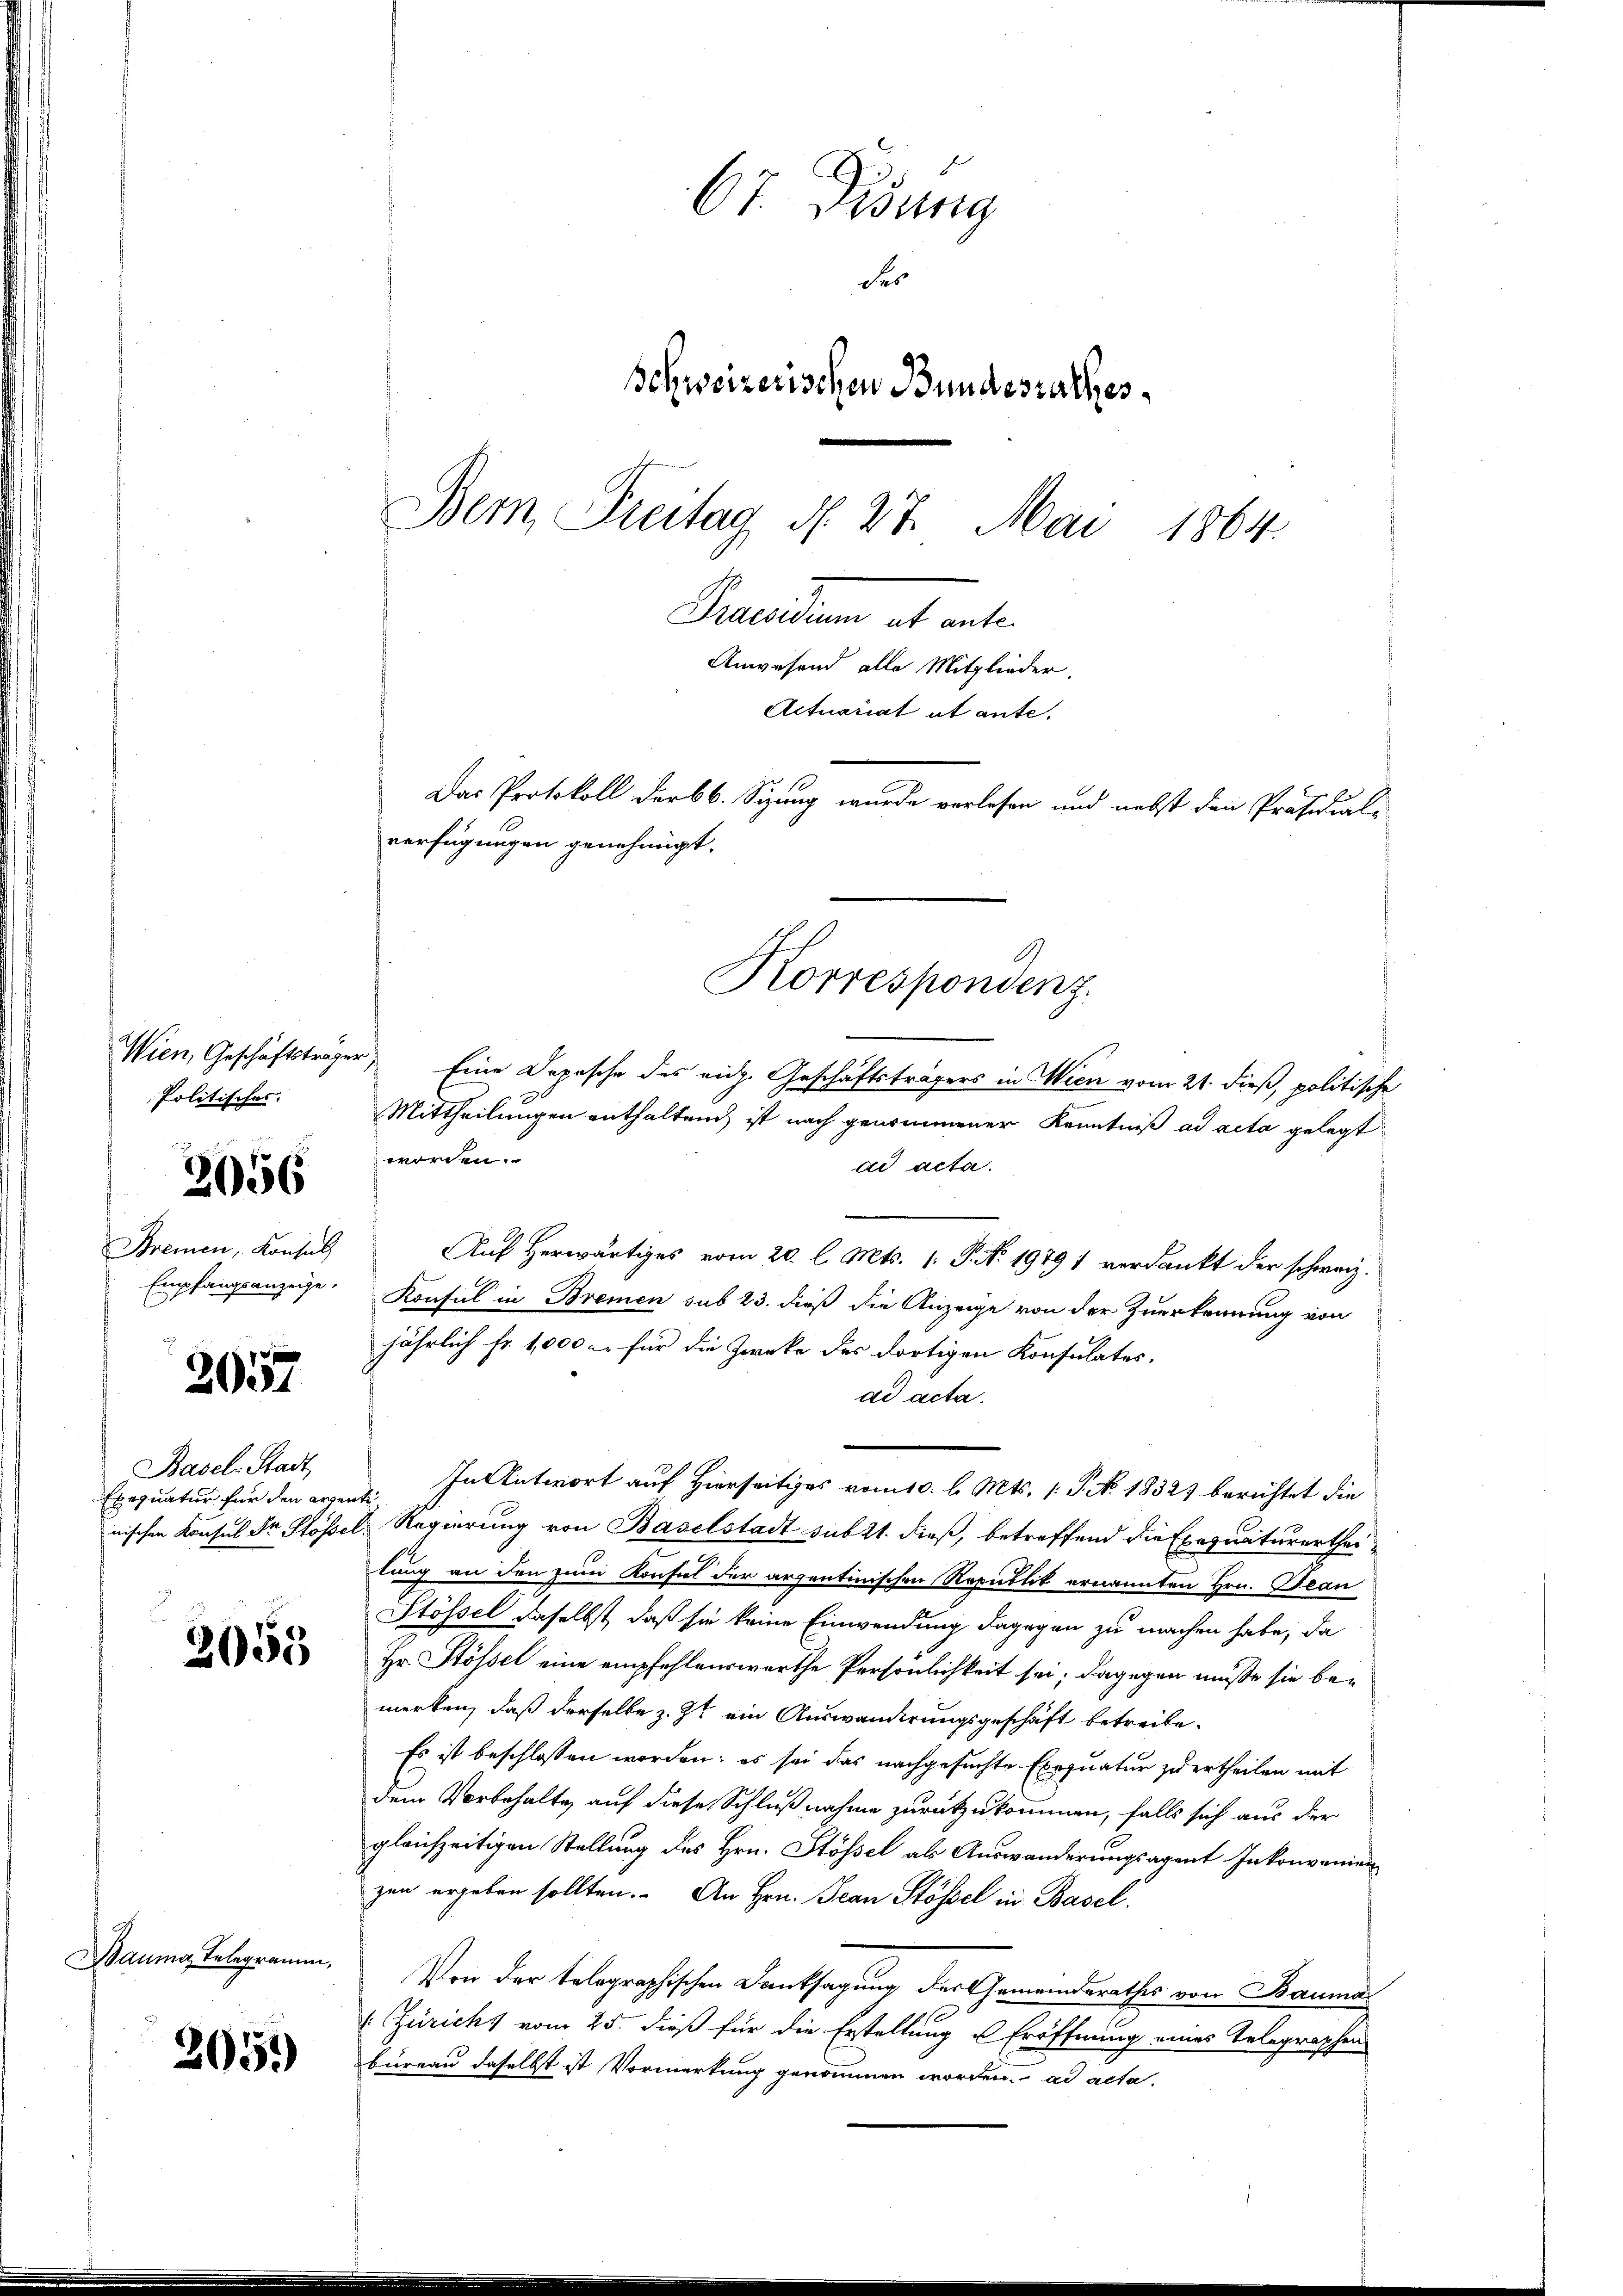
Wien, Geschäftsträger
Politisches.

2056

Bremen, Konsul
Empfangsanzeige.

2057

Basel-Stadt
Exequatur für den erzen

2055

Bauma Telegramm,

205.)

67. Disung
des
Schweizerischen Bundesrathes
Bem Preitag d. 27. Mai 1864.
eeruten als vate
Anwesend alle Mitglieder.
Actuariat et ante.
Das Protokoll darb 6. Sizung wurde verlesen und nebst den Präsidial-
verfügungen genehmigt.

Eine Depesche des eich. Geschäftsträgers in Wien vom 21. dieß, politische
Mittheilungen enthaltend ist nach genommener Kenntniß ad acta gelegt
worden.
ad acta.
Auf Herwärtiges vom 20. l. Mts. 1. P. N. 1979 1 verdankt der schweiz.
Konsul in Bremen sub 23. dieß die Anzeige von der Zuerkennung von
jährlich fr. 1,000 l. für die Zwecke des dortigen Konsulates,
ad acta.
In Antwort auf Hierseitiges vom 10. l. Mts. 1 S. No. 1832) berichtet die
t
nischen Konsul Dr Stössel, Regierung von Baselstadt subtt. dieß, betreffend die Exequaturertheilung an den zum Konsul der arzentinischen Republit ernannten Hrn. Bean
Stössel daselbst, daß sie keine Einwendung dagegen zu machen habe, da
Hr. Stössel eine empfehlenswerthe Persönlichkeit sei; dagegen müße sie bemerken, daß derselbe z. Zt ein Auswanderungsgeschäft betreibe.
Es ist beschlossen worden: es sei das nachgesuchte Exequatur zu ertheilen mit
dem Vorbehalte, auf diese Schlußnahme zurückzukommen, falls sich aus der
gleichzeitigen Stellung des Hrn. Stössel als Auswanderungsagent Inkonvenien
zen ergeben sollten. An Hrn. Jean Stössel in Basel.
Von der telegraphischen Danksagung der Gemeinderathes von Bauma
: Züricht vom 25. dieß für die Erstellung u Eröffnung eines Telegraphen
bureau daselbst ist Vormerkung genommen worden. ad acta.

Korrespondenz.